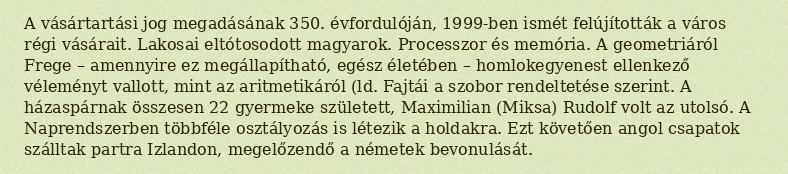
A vásártartási jog megadásának 350. évfordulóján, 1999-ben ismét felújították a város régi vásárait. Lakosai eltótosodott magyarok. Processzor és memória. A geometriáról Frege – amennyire ez megállapítható, egész életében – homlokegyenest ellenkező véleményt vallott, mint az aritmetikáról (ld. Fajtái a szobor rendeltetése szerint. A házaspárnak összesen 22 gyermeke született, Maximilian (Miksa) Rudolf volt az utolsó. A Naprendszerben többféle osztályozás is létezik a holdakra. Ezt követően angol csapatok szálltak partra Izlandon, megelőzendő a németek bevonulását.